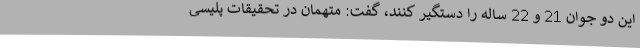
این دو جوان 21 و 22 ساله را دستگیر کنند، گفت: متهمان در تحقیقات پلیسی